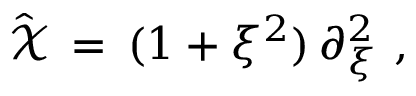
\begin{array} { r } { \hat { \mathcal { X } } \, = \, ( 1 + \xi ^ { 2 } ) \, \partial _ { \xi } ^ { 2 } \ , \ } \end{array}